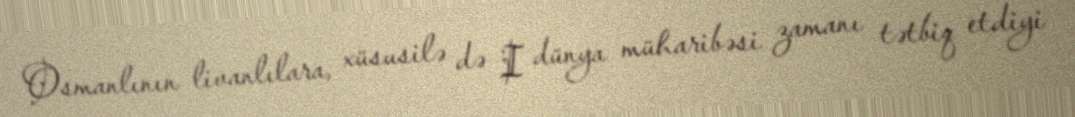
Osmanlının livanlılara, xüsusilə də I dünya müharibəsi zamanı tətbiq etdiyi